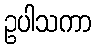
ဥပါသကာ